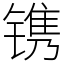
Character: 镌